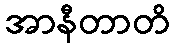
အာနီတာတိ